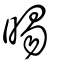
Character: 晹